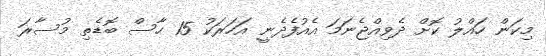
މިކަން ހައްލު ކޮށް ދެވިއްޖެނަމަ އެއުފެދެނީ އަހަރަކު 15 ހާސް ބޮޑެތި މުސާރަ